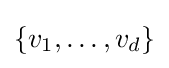
\{v_{1},\dots ,v_{d}\}